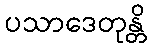
ပသာဒေတုန္တိ